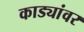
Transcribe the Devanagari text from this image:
काड्यांवर